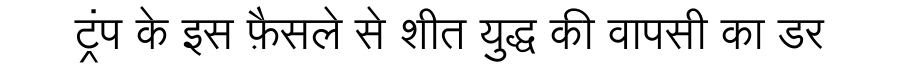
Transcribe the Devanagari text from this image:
ट्रंप के इस फ़ैसले से शीत युद्ध की वापसी का डर